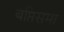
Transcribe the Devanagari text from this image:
बप्तिसमा